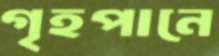
গৃহপানে